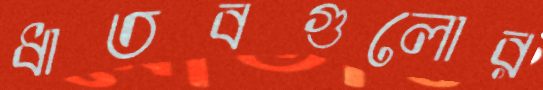
ধাতবগুলোর